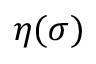
\eta ( \sigma )